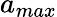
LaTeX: a_{max}